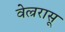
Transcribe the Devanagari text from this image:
वेल्ररासू